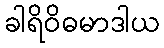
ခါရိဝိဓမာဒါယ